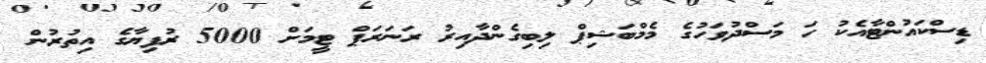
ޑިސްކައުންޓާއެކު ހަ މަސްދުވަހުގެ މެމްބަޝިޕް ލިބިގެންދާއިރު ރަނަރަޕް ޓީމަށް 5000 ރުފިޔާގެ އިތުރުން